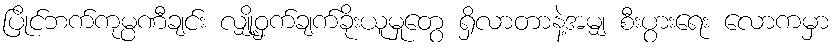
ပြိုင်ဘက်ကုမ္ပဏီချင်း လျှို့ဝှက်ချက်ခိုးယူမှုတွေ ရှိလာတာနဲ့အမျှ စီးပွားရေး လောကမှာ